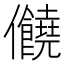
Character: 𠑬